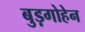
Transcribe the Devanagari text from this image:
बुड़गोहेन